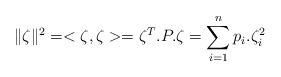
LaTeX: \begin{align*}\|\zeta \|^2=<\zeta,\zeta>=\zeta^T.P.\zeta =\sum_{i=1}^np_i.\zeta_i^2 \end{align*}